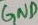
Text: GND